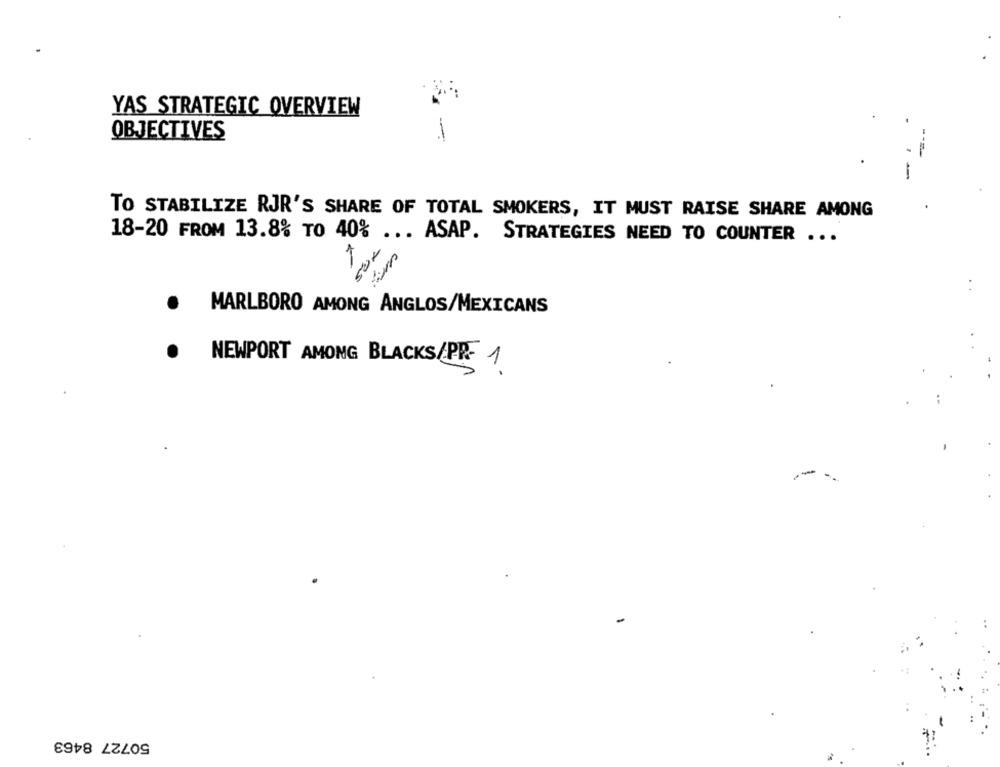
YAS STRATEGIC OVERVIEW
OBJECTIVES
-
-
TO STABILIZE RJR'S SHARE OF TOTAL SMOKERS, IT MUST RAISE SHARE AMONG
18-20 FROM 13.8% TO 40%
... ASAP. STRATEGIES NEED TO COUNTER ...
1
SUR
. .
MARLBORO AMONG ANGLOS/MEXICANS
NEWPORT AMONG BLACKS/PR- 1
--
50727 8463